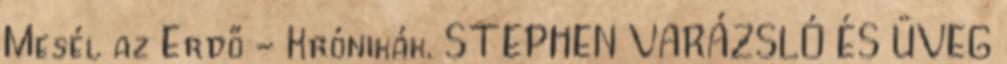
Mesél az Erdő - Krónikák. STEPHEN VARÁZSLÓ ÉS ÜVEG